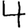
Digit: 4